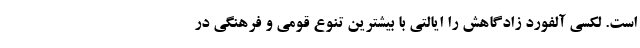
است. لکسی آلفورد زادگاهش را ایالتی با بیشترین تنوع قومی و فرهنگی در